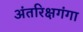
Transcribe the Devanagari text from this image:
अंतरिक्षगंगा